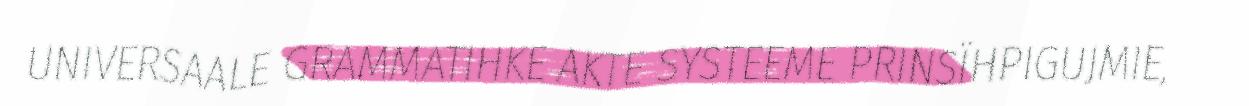
UNIVERSAALE GRAMMATIHKE AKTE SYSTEEME PRINSÏHPIGUJMIE,